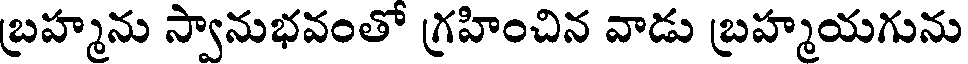
బ్రహ్మను స్వానుభవంతో గ్రహించిన వాడు బ్రహ్మయగును